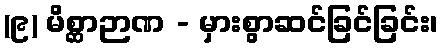
(၉) မိစ္ဆာဉာဏ - မှားစွာဆင်ခြင်ခြင်း၊